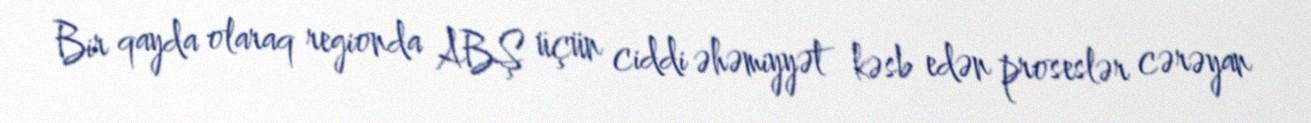
Bir qayda olaraq regionda ABŞ üçün ciddi əhəmiyyət kəsb edən proseslər cərəyan